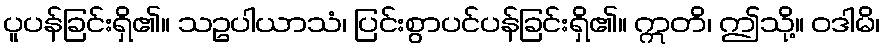
ပူပန်ခြင်းရှိ၏။ သဥပါယာသံ၊ ပြင်းစွာပင်ပန်ခြင်းရှိ၏။ ဣတိ၊ ဤသို့။ ဝဒါမိ၊